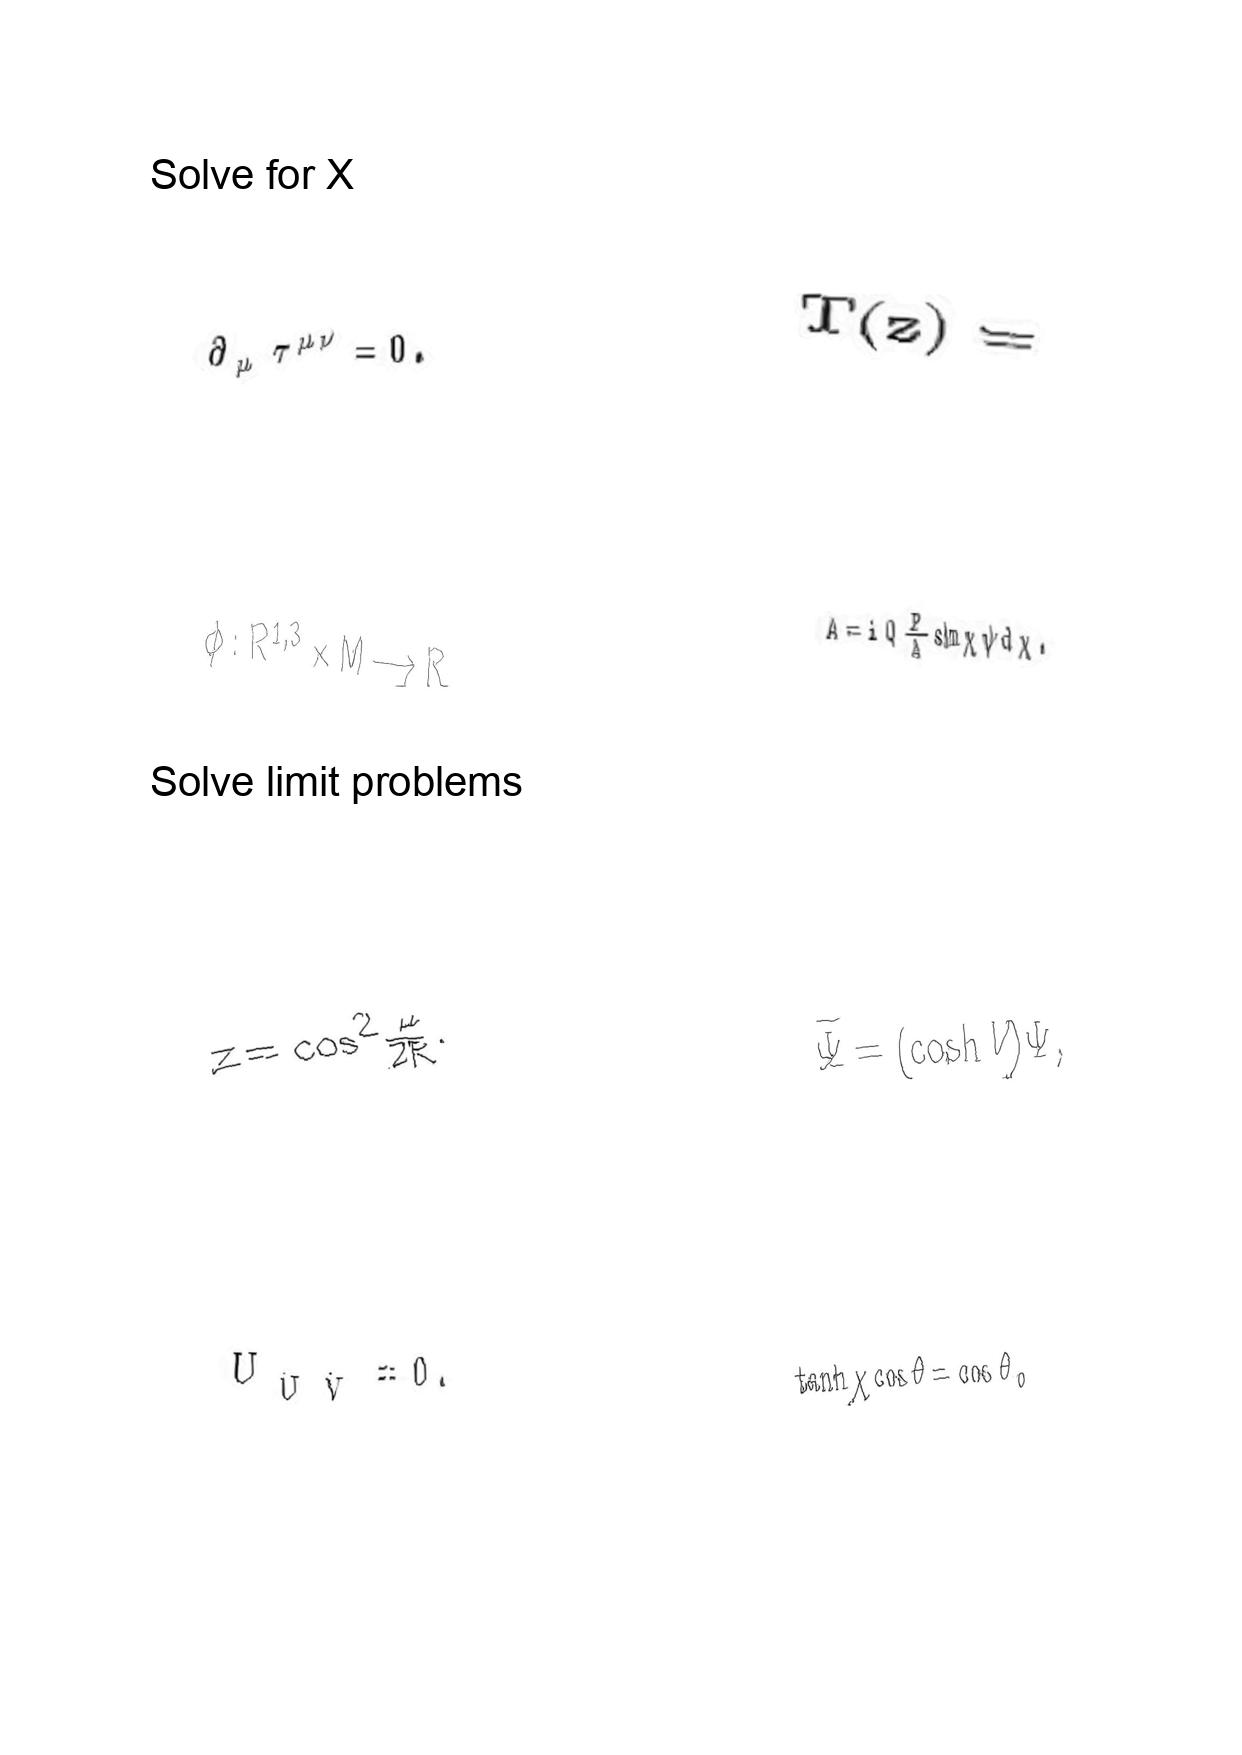
LaTeX transcription:
\partial _ { \mu } \tau ^ { \mu \nu } = 0 .
\phi : R ^ { 1 , 3 } \times M \longrightarrow R
z = \cos ^ { 2 } \frac { \mu } { 2 R } .
U _ { \hat { U } \hat { V } } = 0 .
T \lparen z \rparen =
A = i Q \frac { B } { A } \sin \chi \psi d \chi .
\tilde { \Psi } = \lparen \cosh V \rparen \Psi ,
\tanh \chi \cos \theta = \cos \theta _ { 0 }